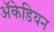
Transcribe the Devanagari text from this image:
अॅकेडियन